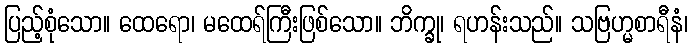
ပြည့်စုံသော။ ထေရော၊ မထေရ်ကြီးဖြစ်သော။ ဘိက္ခု၊ ရဟန်းသည်။ သဗြဟ္မစာရီနံ၊